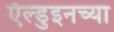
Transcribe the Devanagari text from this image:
ऍल्डुइनच्या